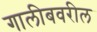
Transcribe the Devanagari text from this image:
गालीबवरील